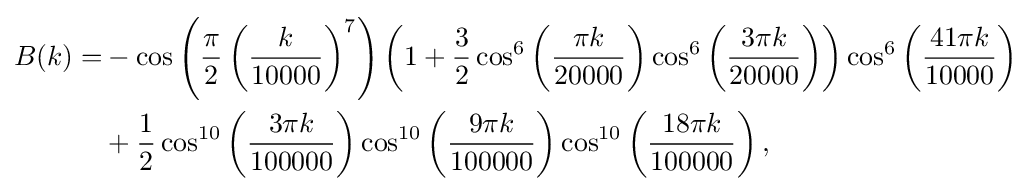
{\begin{aligned}B(k)=&-\cos \left({\frac {\pi }{2}}\left({\frac {k}{10000}}\right)^{7}\right)\left(1+{\frac {3}{2}}\cos ^{6}\left({\frac {\pi k}{20000}}\right)\cos ^{6}\left({\frac {3\pi k}{20000}}\right)\right)\cos ^{6}\left({\frac {41\pi k}{10000}}\right)\\&+{\frac {1}{2}}\cos ^{10}\left({\frac {3\pi k}{100000}}\right)\cos ^{10}\left({\frac {9\pi k}{100000}}\right)\cos ^{10}\left({\frac {18\pi k}{100000}}\right),\\\end{aligned}}